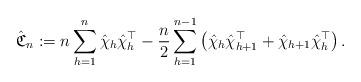
LaTeX: \begin{align*}\hat{\mathfrak{C}}_n:=n\sum_{h=1}^n\hat{\chi}_h\hat{\chi}_h^\top-\frac{n}{2}\sum_{h=1}^{n-1}\left(\hat{\chi}_h\hat{\chi}_{h+1}^\top+\hat{\chi}_{h+1}\hat{\chi}_{h}^\top\right).\end{align*}